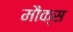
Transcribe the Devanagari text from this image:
मौक्स